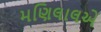
મણિલાલએ